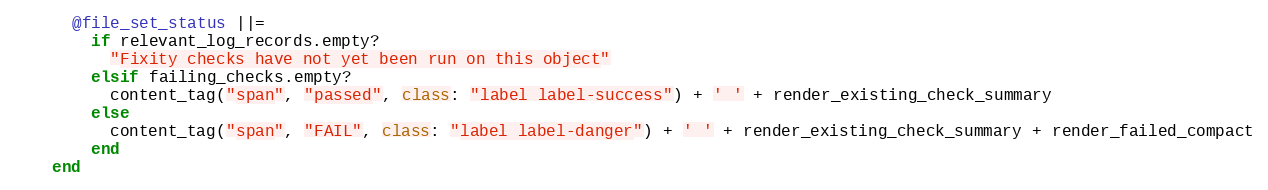
Language: Ruby
      @file_set_status ||=
        if relevant_log_records.empty?
          "Fixity checks have not yet been run on this object"
        elsif failing_checks.empty?
          content_tag("span", "passed", class: "label label-success") + ' ' + render_existing_check_summary
        else
          content_tag("span", "FAIL", class: "label label-danger") + ' ' + render_existing_check_summary + render_failed_compact
        end
    end